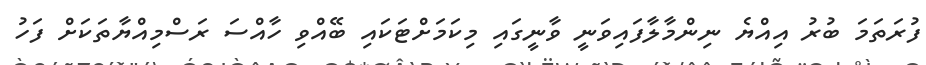
ފުރަތަމަ ބުރު އިއްޔެ ނިންމާލާފައިވަނީ ވާނީގައި މިކަމަށްޓަކައި ބޭއްވި ހާއްސަ ރަސްމިއްޔާތަކަށް ފަހު